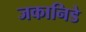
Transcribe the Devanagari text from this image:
जकानिडे